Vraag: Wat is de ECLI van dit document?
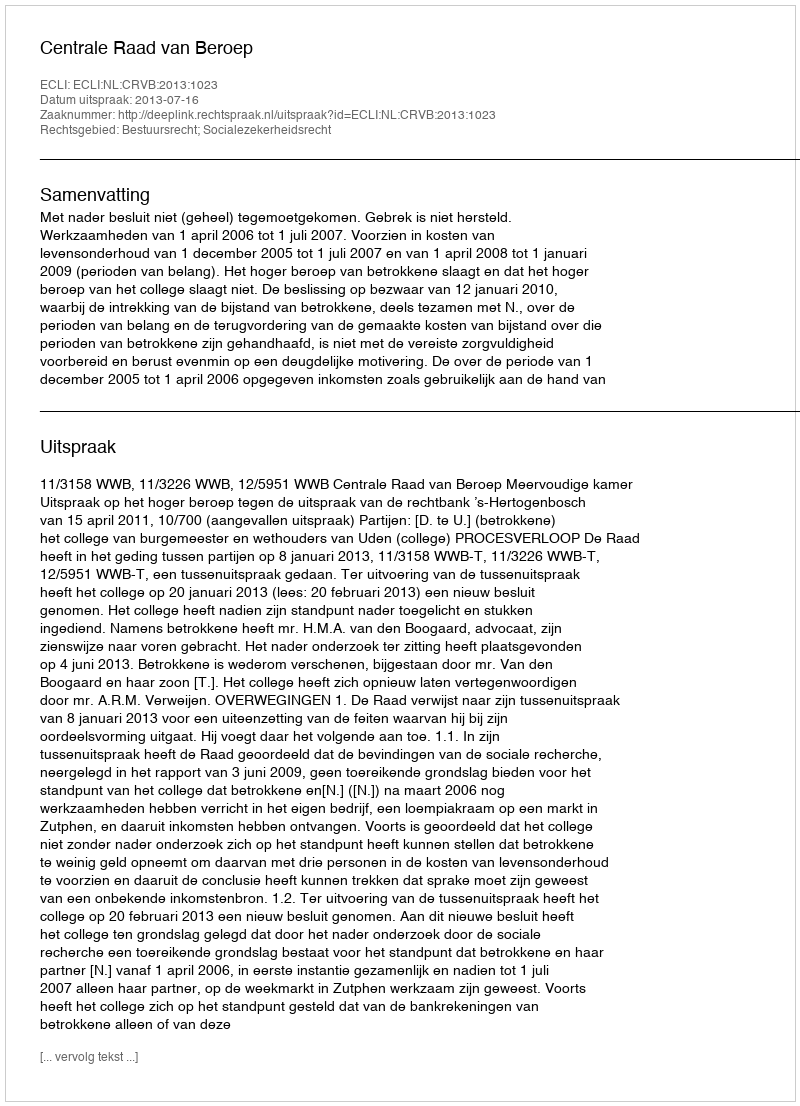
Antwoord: ECLI:NL:CRVB:2013:1023